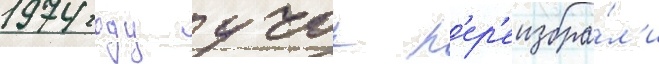
1974 году учок п'ер'еизбра́л'и